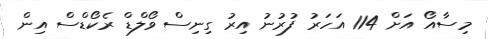
މިސާއޯ އަށް 114 އަހަރު ފުރުނު އިރު ގިނިސް ވޯލްޑް ރެކޯޑްސް އިން